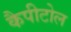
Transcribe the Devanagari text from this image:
कैपीटोल